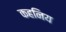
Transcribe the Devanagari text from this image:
कहनिय